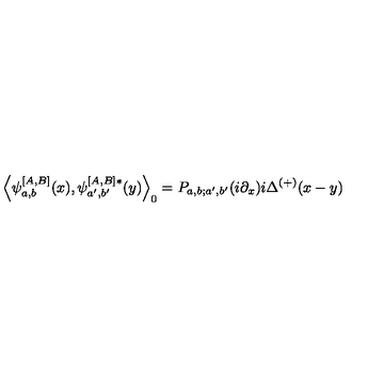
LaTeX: \left\langle \psi _ { a , b } ^ { \left[ A , B \right] } ( x ) , \psi _ { a ^ { \prime } , b ^ { \prime } } ^ { \left[ A , B \right] * } ( y ) \right\rangle _ { 0 } = P _ { a , b ; a ^ { \prime } , b ^ { \prime } } ( i \partial _ { x } ) i \Delta ^ { ( + ) } ( x - y ) \,